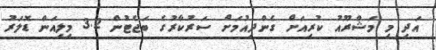
އަދި މި މަޝްރޫއު ކުރިއަށް ގެންދިއުމަށް ސަރުކާރުގެ ބަޖެޓުން 3.2 މިލިއަން ޑޮލަރު